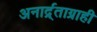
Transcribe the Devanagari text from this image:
अनार्द्र्ताग्राही